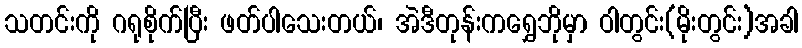
သတင်းကို ဂရုစိုက်ပြီး ဖတ်ပါသေးတယ်၊ အဲဒီတုန်းကရွှေဘိုမှာ ဝါတွင်း(မိုးတွင်း)အခါ